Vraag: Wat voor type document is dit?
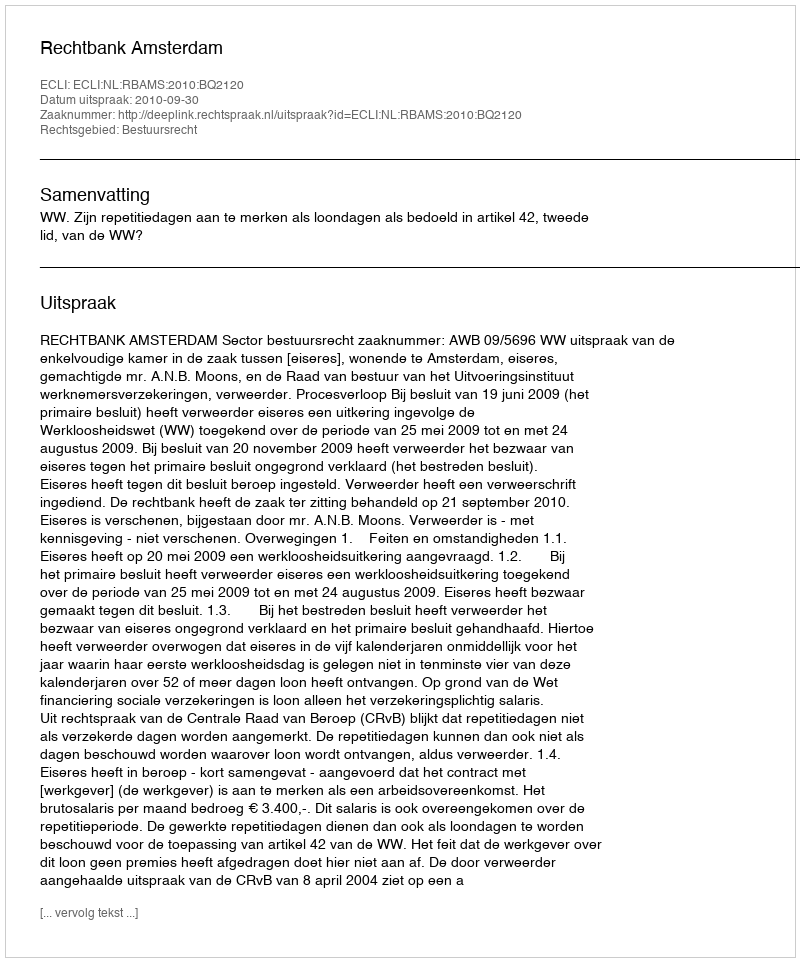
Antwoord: Uitspraak